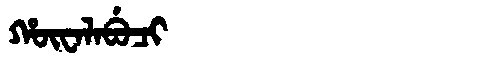
Manchu: ᡥᡡᠸᠠᠯᠠᠪᡠᠴᡳ
Romanization: HŪWALABUCI